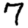
Digit: 7